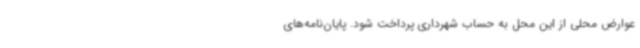
عوارض محلی از این محل به حساب شهرداری پرداخت شود. پایان‌نامه‌های